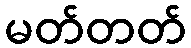
မတ်တတ်